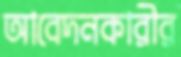
আবেদনকারীর